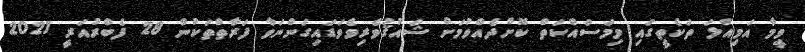
ވީމާ އަމިއްލަ ތަކެތީގައި މިމަސައްކަތް ކޮށްދެއްވުމަށް ޝައުޤުވެރިވެވަޑައިގަންނަވާ ފަރާތްތަކުން 28 ފެބްރުއަރީ 2021